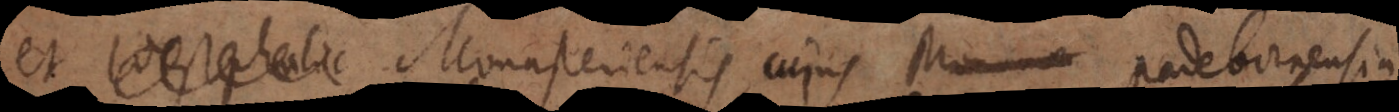
et Westphalic Monasteriensis, cujus Monumen Padebornensia